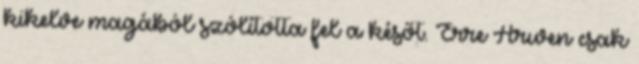
kikelve magából szólította fel a későt. Erre Arwen csak